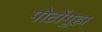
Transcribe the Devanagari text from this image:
पोटोंगुहा